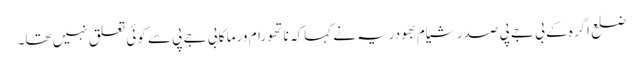
ضلع اگرہ کے بی جے پی صدر شیام بھودریہ نے کہاکہ ناتھو رام ورما کا بی جے پی سے کوئی تعلق نہیں تھا۔